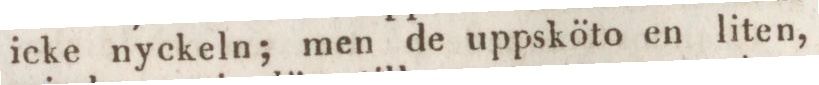
icke nyckeln; men de uppsköto en liten,